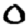
Digit: 0